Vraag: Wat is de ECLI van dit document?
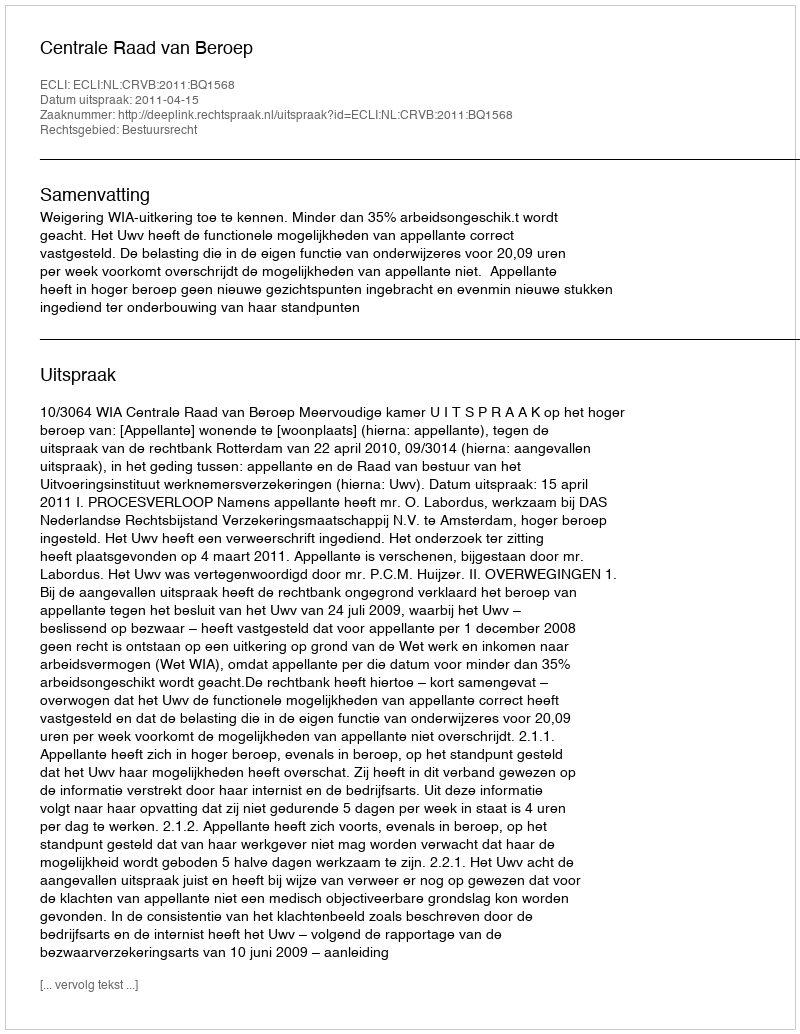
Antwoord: ECLI:NL:CRVB:2011:BQ1568